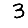
Digit: 3